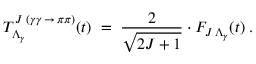
T _ { \Lambda _ { \gamma } } ^ { J \; ( \gamma \gamma \, \rightarrow \, \pi \pi ) } ( t ) \; = \; \frac { 2 } { \sqrt { 2 J + 1 } } \cdot F _ { J \, \Lambda _ { \gamma } } ( t ) \; .